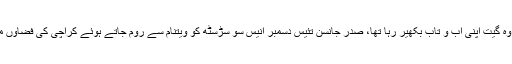
ان ہی دنوں جب وہ گیت اپنی آب و تاب بکھیر رہا تھا، صدر جانسن تئیس دسمبر انیس سو سڑسٹھ کو ویتنام سے روم جاتے ہوئے کراچی کی فضاؤں میں داخل ہوگئے۔